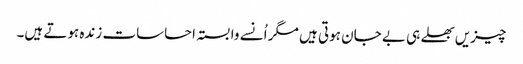
چیزیں بھلے ہی بے جان ہوتی ہیں مگر اُنسے وابستہ احساسات زندہ ہوتے ہیں۔